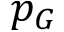
p _ { G }